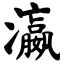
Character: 瀛